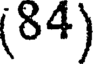
(84)